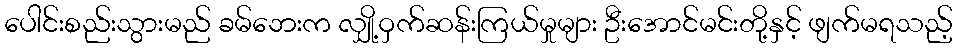
ပေါင်းစည်းသွားမည် ခမ်ဘေးက လျှို့ဝှက်ဆန်းကြယ်မှုများ ဦးအောင်မင်းတို့နှင့် ဖျက်မရသည့်